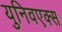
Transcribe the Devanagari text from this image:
युनिवएक्स